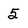
Character: 5